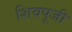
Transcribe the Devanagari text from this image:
शिवपूजी